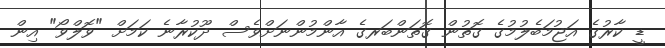
ޑީ ކާރުގެ އަޖުމަބެލުމުގެ ގޮތުން ގޮތަންބަރގެ އާންމުންނަށްވެސް ދޫކުރާނެ ކަމަށް "ވޮލްވޯ" އިން